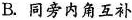
B.同旁内角互补